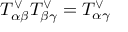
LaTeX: T _ { \alpha \beta } ^ { \vee } T _ { \beta \gamma } ^ { \vee } = T _ { \alpha \gamma } ^ { \vee }